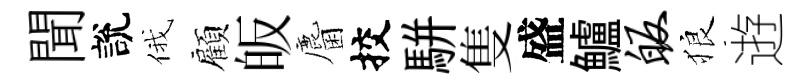
聞說俄顧皈麕挍駢隻盛鱸皈狼逰